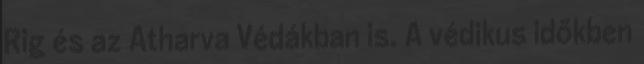
Rig és az Atharva Védákban is. A védikus időkben